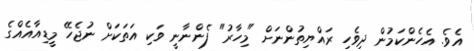
އެވެ. އެހެންކަމުން ދިވެހި ރައްޔިތުންނަށް "މިހާރު" ފެންނާނީ ވަކި އަތަކަށް ނުޖެހޭ މީޑިއާއެއްގެ